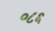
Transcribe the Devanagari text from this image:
०८६